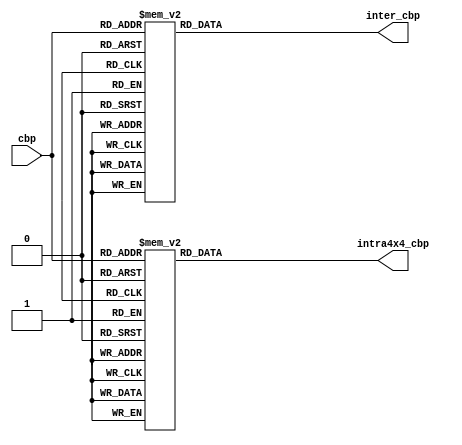
module cbp_enc(
				cbp,
				intra4x4_cbp,
				inter_cbp
);

input       [5:0]   cbp;
output reg  [5:0]   intra4x4_cbp;
output reg  [5:0]   inter_cbp;   


always @(*)begin
	case(cbp)
    6'd0:  intra4x4_cbp = 6'd3 ;
    6'd1:  intra4x4_cbp = 6'd29 ;
    6'd2:  intra4x4_cbp = 6'd30 ;
    6'd3:  intra4x4_cbp = 6'd17 ;
    6'd4:  intra4x4_cbp = 6'd31 ;
    6'd5:  intra4x4_cbp = 6'd18 ;
    6'd6:  intra4x4_cbp = 6'd37 ;
    6'd7:  intra4x4_cbp = 6'd8 ;
    6'd8:  intra4x4_cbp = 6'd32 ;
    6'd9:  intra4x4_cbp = 6'd38 ;
    6'd10: intra4x4_cbp = 6'd19 ;
    6'd11: intra4x4_cbp = 6'd9 ;
    6'd12: intra4x4_cbp = 6'd20 ;
    6'd13: intra4x4_cbp = 6'd10 ;
    6'd14: intra4x4_cbp = 6'd11 ;
    6'd15: intra4x4_cbp = 6'd2 ;
    6'd16: intra4x4_cbp = 6'd16 ;
    6'd17: intra4x4_cbp = 6'd33 ;
    6'd18: intra4x4_cbp = 6'd34 ;
    6'd19: intra4x4_cbp = 6'd21 ;
    6'd20: intra4x4_cbp = 6'd35 ;
    6'd21: intra4x4_cbp = 6'd22 ;
    6'd22: intra4x4_cbp = 6'd39 ;
    6'd23: intra4x4_cbp = 6'd4 ;
    6'd24: intra4x4_cbp = 6'd36 ;
    6'd25: intra4x4_cbp = 6'd40 ;
    6'd26: intra4x4_cbp = 6'd23 ;
    6'd27: intra4x4_cbp = 6'd5 ;
    6'd28: intra4x4_cbp = 6'd24 ;
    6'd29: intra4x4_cbp = 6'd6 ;
    6'd30: intra4x4_cbp = 6'd7 ;
    6'd31: intra4x4_cbp = 6'd1 ;
    6'd32: intra4x4_cbp = 6'd41 ;
    6'd33: intra4x4_cbp = 6'd42 ;
    6'd34: intra4x4_cbp = 6'd43 ;
    6'd35: intra4x4_cbp = 6'd25 ;
    6'd36: intra4x4_cbp = 6'd44 ;
    6'd37: intra4x4_cbp = 6'd26 ;
    6'd38: intra4x4_cbp = 6'd46 ;
    6'd39: intra4x4_cbp = 6'd12 ;
    6'd40: intra4x4_cbp = 6'd45 ;
    6'd41: intra4x4_cbp = 6'd47 ;
    6'd42: intra4x4_cbp = 6'd27 ;
    6'd43: intra4x4_cbp = 6'd13 ;
    6'd44: intra4x4_cbp = 6'd28 ;
    6'd45: intra4x4_cbp = 6'd14 ;
    6'd46: intra4x4_cbp = 6'd15 ;
    6'd47: intra4x4_cbp = 6'd0 ;
//add by xyuan 
    default: intra4x4_cbp = 6'd0 ;
//end by xyuan 
	endcase
end

always @(*)begin
	case(cbp)
    6'd0:  inter_cbp =  6'd0 ;  
    6'd1:  inter_cbp =  6'd2 ;  
    6'd2:  inter_cbp =  6'd3 ;  
    6'd3:  inter_cbp =  6'd7 ;  
    6'd4:  inter_cbp =  6'd4 ;  
    6'd5:  inter_cbp =  6'd8 ;  
    6'd6:  inter_cbp =  6'd17 ; 
    6'd7:  inter_cbp =  6'd13 ; 
    6'd8:  inter_cbp =  6'd5 ;  
    6'd9:  inter_cbp =  6'd18 ; 
    6'd10: inter_cbp =  6'd9 ; 
    6'd11: inter_cbp =  6'd14 ;
    6'd12: inter_cbp =  6'd10 ;
    6'd13: inter_cbp =  6'd15 ;
    6'd14: inter_cbp =  6'd16 ;
    6'd15: inter_cbp =  6'd11 ;
    6'd16: inter_cbp =  6'd1 ; 
    6'd17: inter_cbp =  6'd32 ;
    6'd18: inter_cbp =  6'd33 ;
    6'd19: inter_cbp =  6'd36 ;
    6'd20: inter_cbp =  6'd34 ;
    6'd21: inter_cbp =  6'd37 ;
    6'd22: inter_cbp =  6'd44 ;
    6'd23: inter_cbp =  6'd40 ;
    6'd24: inter_cbp =  6'd35 ;
    6'd25: inter_cbp =  6'd45 ;
    6'd26: inter_cbp =  6'd38 ;
    6'd27: inter_cbp =  6'd41 ;
    6'd28: inter_cbp =  6'd39 ;
    6'd29: inter_cbp =  6'd42 ;
    6'd30: inter_cbp =  6'd43 ;
    6'd31: inter_cbp =  6'd19 ;
    6'd32: inter_cbp =  6'd6 ; 
    6'd33: inter_cbp =  6'd24 ;
    6'd34: inter_cbp =  6'd25 ;
    6'd35: inter_cbp =  6'd20 ;
    6'd36: inter_cbp =  6'd26 ;
    6'd37: inter_cbp =  6'd21 ;
    6'd38: inter_cbp =  6'd46 ;
    6'd39: inter_cbp =  6'd28 ;
    6'd40: inter_cbp =  6'd27 ;
    6'd41: inter_cbp =  6'd47 ;
    6'd42: inter_cbp =  6'd22 ;
    6'd43: inter_cbp =  6'd29 ;
    6'd44: inter_cbp =  6'd23 ;
    6'd45: inter_cbp =  6'd30 ;
    6'd46: inter_cbp =  6'd31 ;
    6'd47: inter_cbp =  6'd12 ;
//add  by xyuan
    default: inter_cbp =  6'd0 ; 
//end by xyuan 
	endcase
end
endmodule